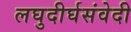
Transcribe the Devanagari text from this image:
लघुदीर्घसंवेदी